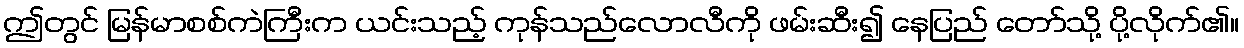
ဤတွင် မြန်မာစစ်ကဲကြီးက ယင်းသည့် ကုန်သည်လောလီကို ဖမ်းဆီး၍ နေပြည် တော်သို့ ပို့လိုက်၏။